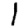
Digit: 1